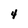
Character: 4